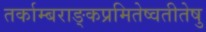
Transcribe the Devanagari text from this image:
तर्काम्बराङ्कप्रमितेष्वतीतेषु